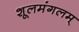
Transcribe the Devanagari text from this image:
शूलमंगलम्‌